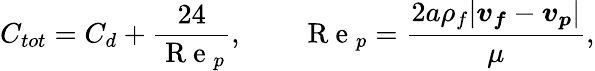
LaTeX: C_{tot}=C_{d}+\frac{24}{\mathrm{~R~e~}_{p}},\qquad\mathrm{~R~e~}_{p}=\frac{2a\rho_{f}|\boldsymbol{v_{f}}-\boldsymbol{v_{p}}|}{\mu},